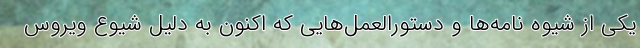
یکی از شیوه نامه‌ها و دستورالعمل‌هایی که اکنون به دلیل شیوع ویروس